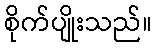
စိုက်ပျိုးသည်။